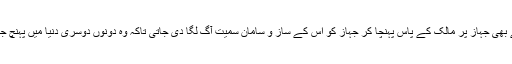
اسے بھی جہاز پر مالک کے پاس پہنچا کر جہاز کو اس کے ساز و سامان سمیت آگ لگا دی جاتی تاکہ وہ دونوں دوسری دنیا میں پہنچ جائیں۔